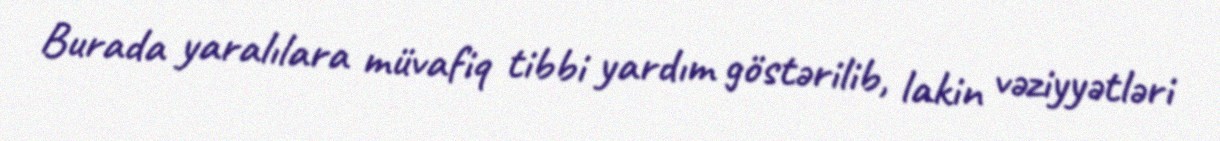
Burada yaralılara müvafiq tibbi yardım göstərilib, lakin vəziyyətləri